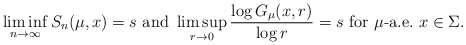
\begin{align*} \liminf_{n\to \infty} S_n(\mu,x)=s \mbox{ and }\limsup_{r\to 0} \frac{\log G_\mu(x,r)}{\log r}=s \mbox{ for $\mu$-a.e.~$x\in \Sigma$}. \end{align*}